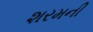
શરમની